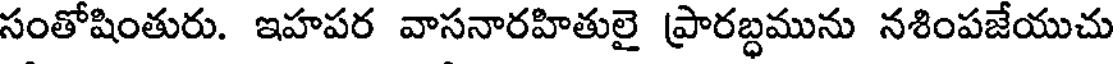
సంతోషింతురు. ఇహపర వాసనారహితులై ప్రారబ్ధమును నశింపజేయుచు